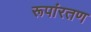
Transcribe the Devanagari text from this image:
रूपांरतण